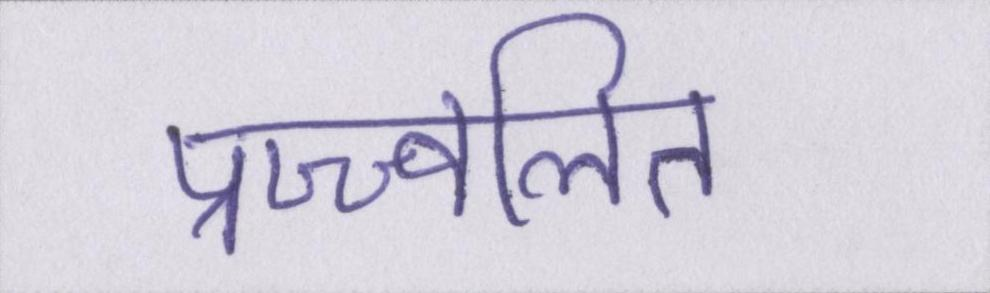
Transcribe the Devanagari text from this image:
प्रज्ज्वलित